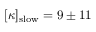
[ \kappa ] _ { \mathrm { s l o w } } = 9 \pm 1 1